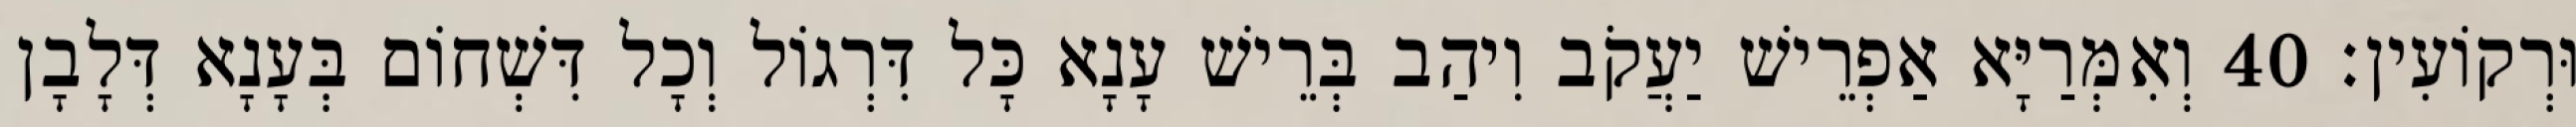
וּרְקוֹעִין׃ 40 וְאִמְּרַיָּא אַפְרֵישׁ יַעֲקֹב וִיהַב בְּרֵישׁ עָנָא כָּל דִּרְגוֹל וְכָל דִּשְׁחוֹם בְּעָנָא דְּלָבָן